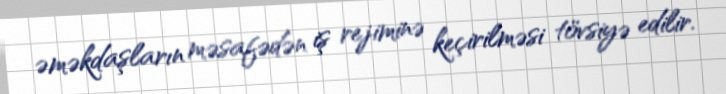
əməkdaşların məsafədən iş rejiminə keçirilməsi tövsiyə edilir.